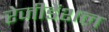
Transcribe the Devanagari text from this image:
रेजीडेंशल